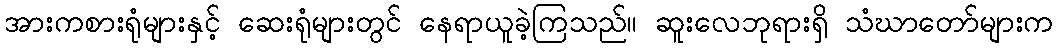
အားကစားရုံများနှင့် ဆေးရုံများတွင် နေရာယူခဲ့ကြသည်။ ဆူးလေဘုရားရှိ သံဃာတော်များက